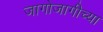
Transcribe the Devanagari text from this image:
जागोजागीच्या